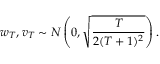
w _ { T } , v _ { T } \sim N \left( 0 , \sqrt { \frac { T } { 2 ( T + 1 ) ^ { 2 } } } \right) .